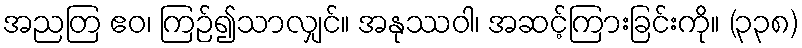
အညတြ ဧဝ၊ ကြဉ်၍သာလျှင်။ အနုဿဝါ၊ အဆင့်ကြားခြင်းကို။ (၃၃၈)